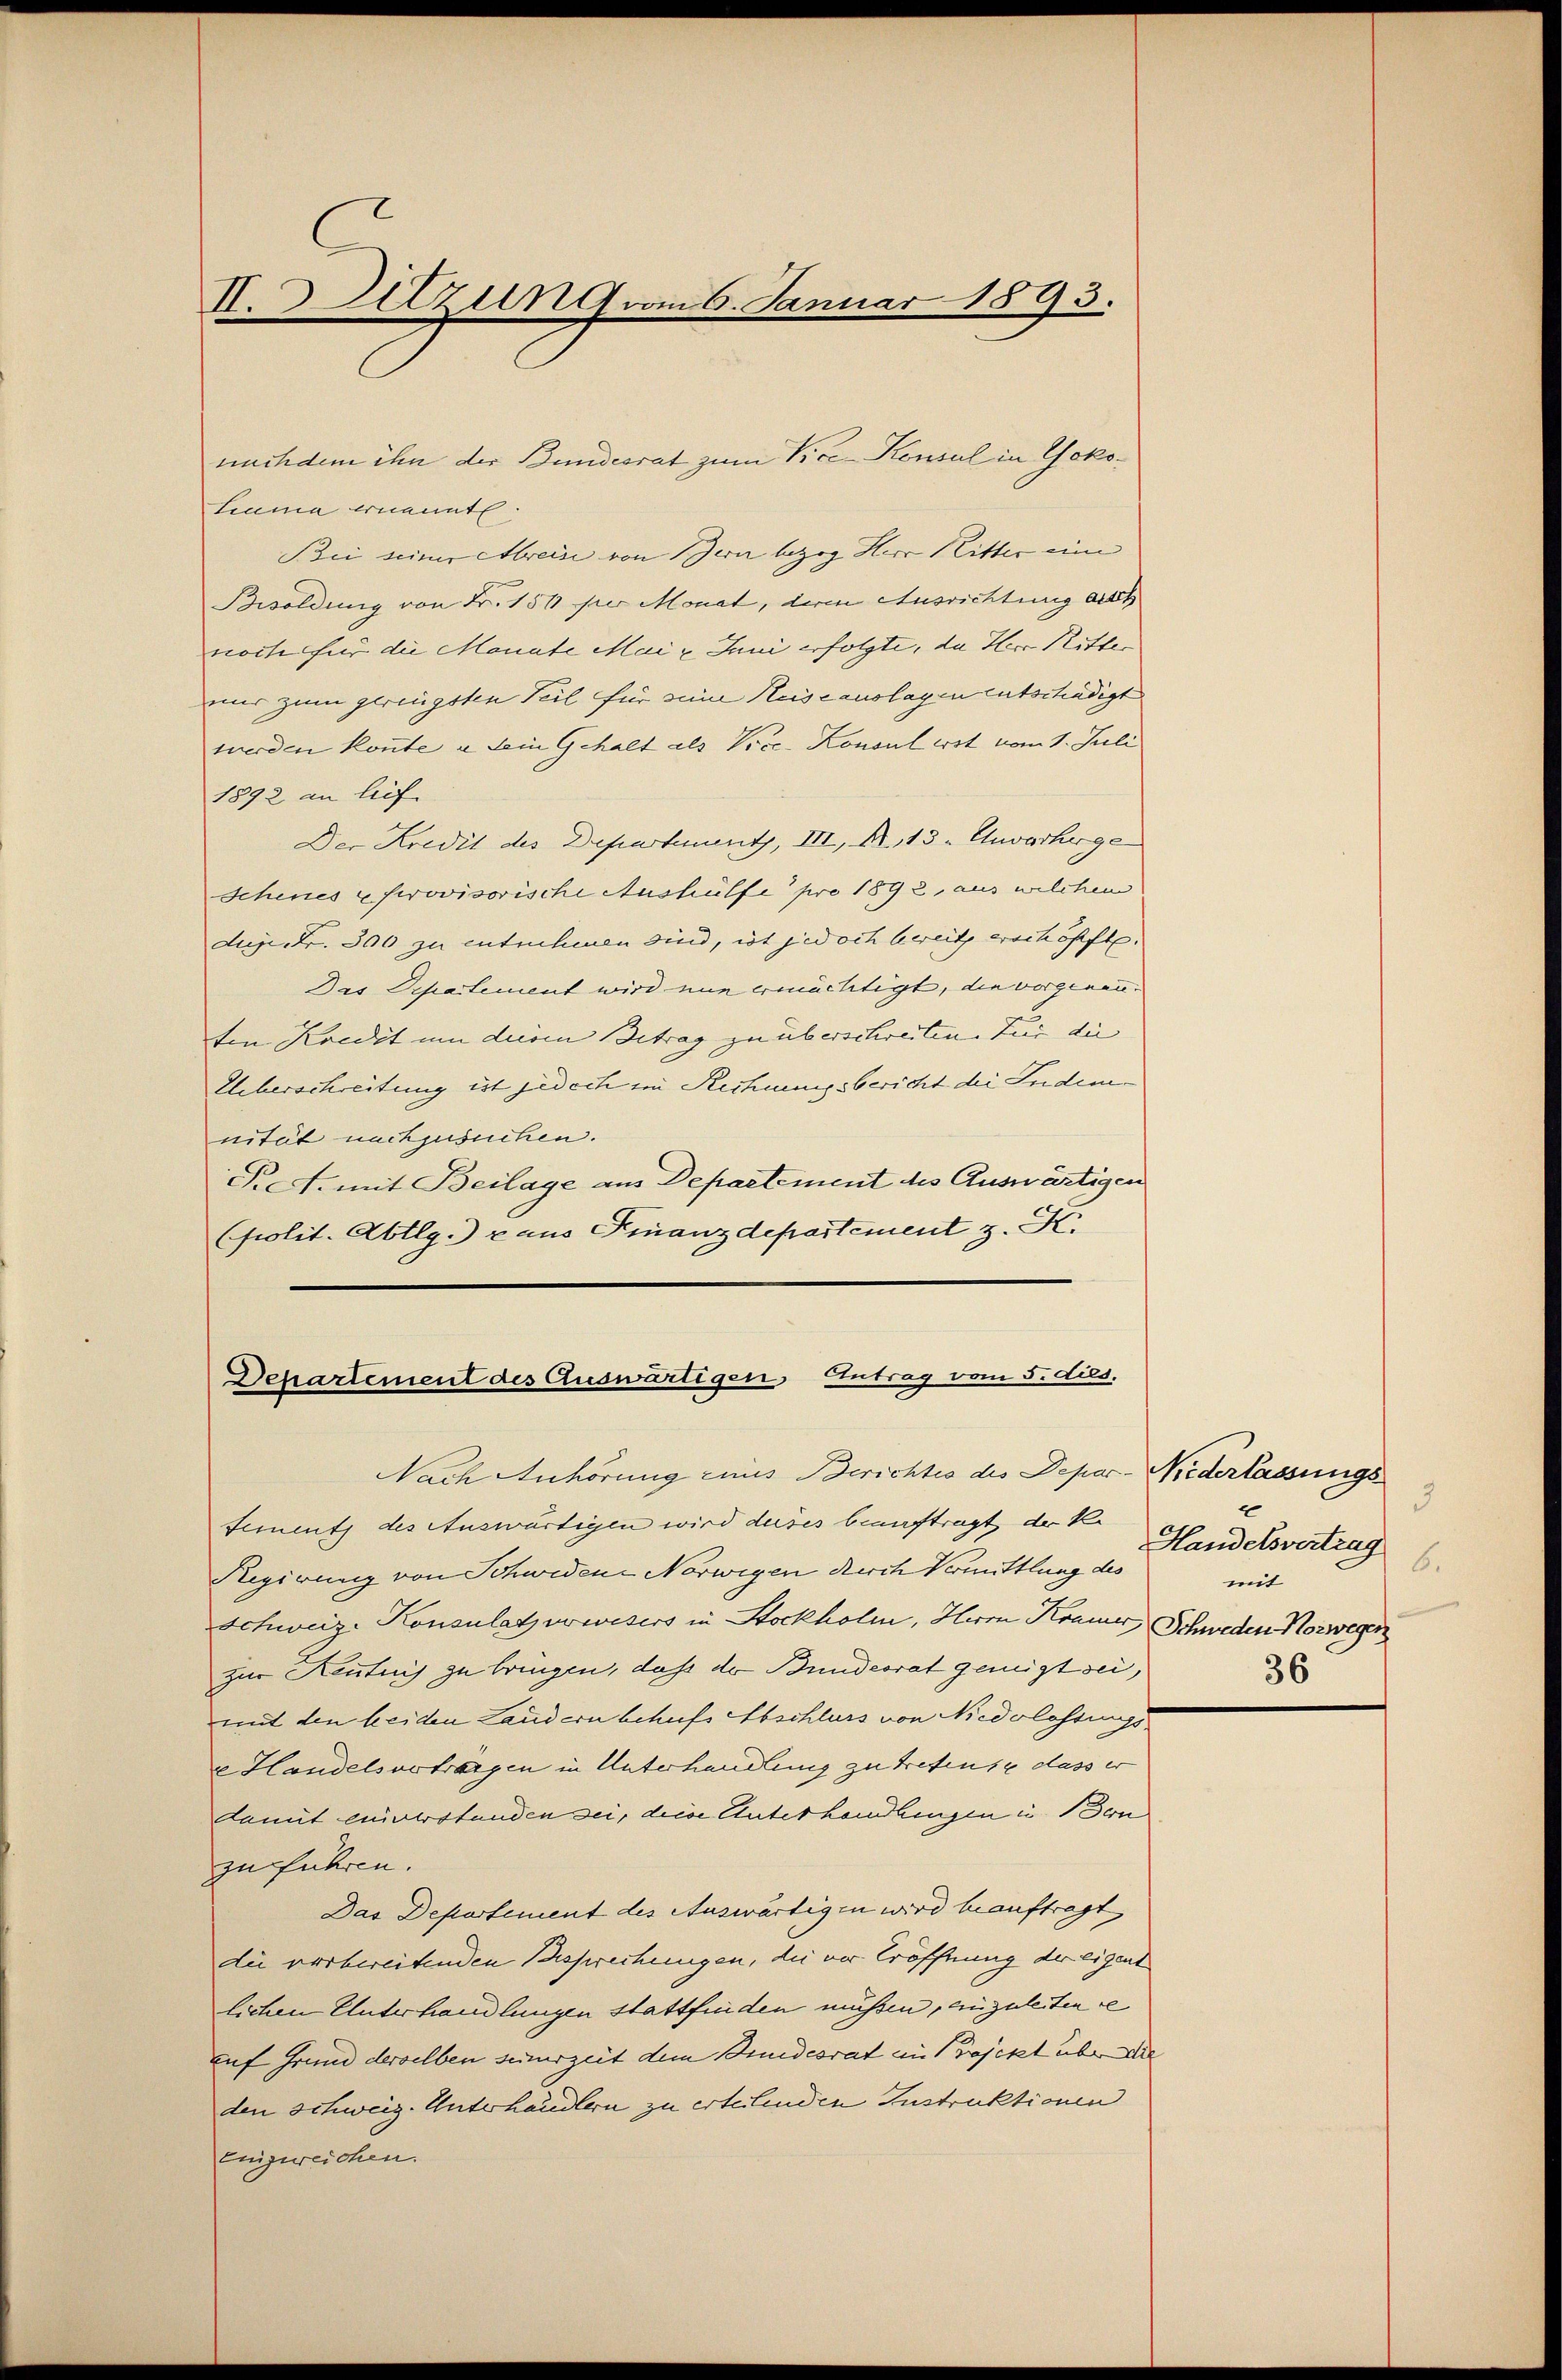
II. Setzung vom 6. Januar 1893.

Liana ernannt.
Bei seiner Mein von Zwar bezog Herr Ritter um
Besoldung von Fr. 151 pro Monat, dem Ausrichtung alles
noch für die Monate Mai l. Juni erfolgte, da Herr Ritter
mir zum geringsten Teil für seine Keiseauslagen entschädigt
werden konnte u. dein Gehalt als Vice-Konsul erst vom 1. Juli
1892 an liefe
Der Kredit des Departements, III, Nr. 13. Unvorherge
Schenes u serovisorische Aushülfe pro 1892, aus welchem
dux Fr. 300 zu entschenen sind, ist jedoch bereits erschöpft.
Das Schatement wird nun ermächtigt, die vorgenannten Kredit um diesen Betrag zu überschreiten. Zur die
Ueberschreitung ist jedoch in Rechnungsbericht der Judennität nachzusuchen.
Pret. mit Beilage am Departement des Auswärtigen
(polit. Abtlg.) - aus Finanzdepartement z. K.

nachdem ihn der Bundesrat zum Vice-Konsul in Yoko¬

Departement des Auswärtigen, Antrag vom 5. dies.
Nach Anhörung eines Berichtes des Depar-Niederlassungs

Sement des Auswärtigen wird deses beauftragt der K.
Rgirung von Schwedene Norwegen durch Vermittlung des
Schweiz. Konsulatzwowisers in Stockholm, Herr Krauer, Schweden Norwegen
zur Kenntnis zu bringen, daß der Bundesrat genügt sei,
mit den beiden Landern behufs Abschluss von Niedelsstungs¬
u Handelsvertragen in Unterhandlung zu treten, dass er
damit einverstanden sei, diese Unterhandlungen in Bon
zu führen.
Das Departement des Auswärtigen wird beauftragt
die verbereitenden Besprechungen, die vor Eröffnung der eigent
lichen Unterhandlungen stattfinden müssen, anzuleiten e
auf Grund derselben seinerzeit dem Bundesrat im Projekt über die
den schweiz. Unterhandlern zu erteilenden Instruktionen
enigereichen.

3
Handelsvertrag
6.
mit
36